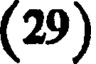
(29)